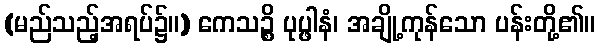
(မည်သည့်အရပ်၌။) ကေသဉ္စိ ပုပ္ဖါနံ၊ အချို့ကုန်သော ပန်းတို့၏။